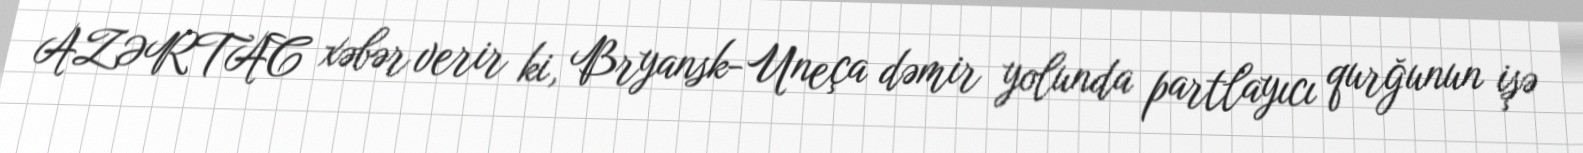
AZƏRTAC xəbər verir ki, Bryansk-Uneça dəmir yolunda partlayıcı qurğunun işə